Madras plague regulations in force outside the Presidency town - Volume 3
Disease focus: Plague
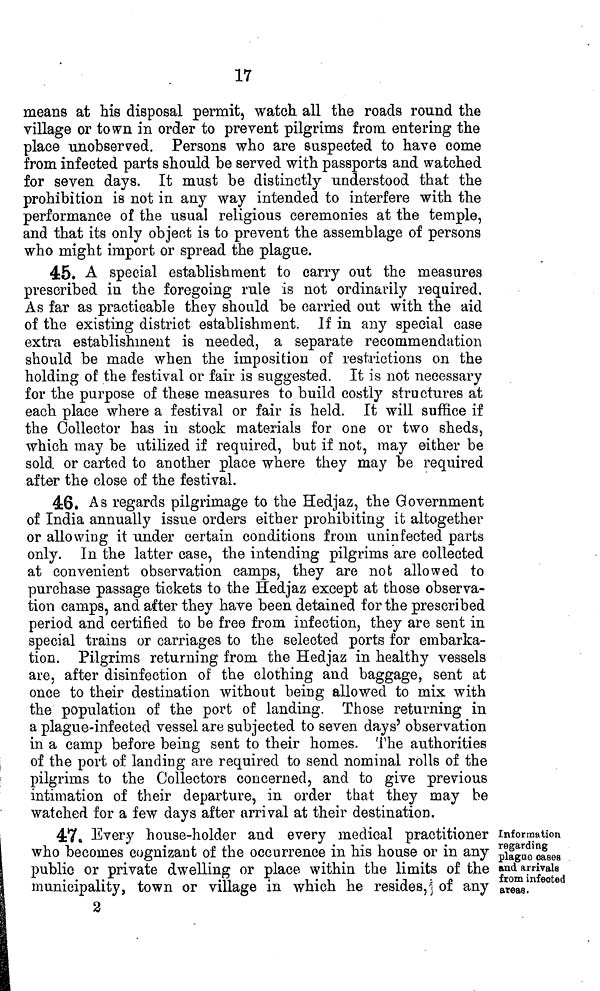
17
means at his disposal permit, watch all the roads round the
village or town in order to prevent pilgrims from entering the
place unobserved. Persons who are suspected to have come
from infected parts should be served with passports and watched
for seven days. It must be distinctly understood that the
prohibition is not in any way intended to interfere with the
performance of the usual religious ceremonies at the temple,
and that its only object is to prevent the assemblage of persons
who might import or spread the plague.
45. A special establishment to carry out the measures
prescribed in the foregoing rule is not ordinarily required.
As far as practicable they should be carried out with the aid
of the existing district establishment. If in any special case
extra establishment is needed, a separate recommendation
should be made when the imposition of restrictions on the
holding of the festival or fair is suggested. It is not necessary
for the purpose of these measures to build costly structures at
each place where a festival or fair is held. It will suffice if
the Collector has in stock materials for one or two sheds,
which may be utilized if required, but if not, may either be
sold, or carted to another place where they may be required
after the close of the festival.
46. As regards pilgrimage to the Hedjaz, the Government
of India annually issue orders either prohibiting it altogether
or allowing it under certain conditions from uninfected parts
only. In the latter case, the intending pilgrims are collected
at convenient observation camps, they are not allowed to
purchase passage tickets to the Hedjaz except at those observa-
tion camps, and after they have been detained for the prescribed
period and certified to be free from infection, they are sent in
special trains or carriages to the selected ports for embarka-
tion. Pilgrims returning from the Hedjaz in healthy vessels
are, after disinfection of the clothing and baggage, sent at
once to their destination without being allowed to mix with
the population of the port of landing. Those returning in
a plague-infected vessel are subjected to seven days' observation
in a camp before being sent to their homes. The authorities
of the port of lauding are required to send nominal rolls of the
pilgrims to the Collectors concerned, and to give previous
intimation of their departure, in order that they may be
watched for a few days after arrival at their destination.
Information
regarding
plague cases
and arrivals
from infected
areas.
47. Every house-holder and every medical practitioner
who becomes cognizant of the occurrence in his house or in any
public or private dwelling or place within the limits of the
municipality, town or village in which he resides, of any
2